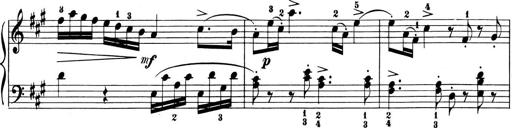
Title: 6 Piano Sonatinas
Composer: Cornelius Gurlitt